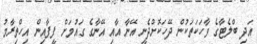
އަދި ބްލެޓާގެ ވާހަކަތަކުން ދޭހަކޮށްދެނީ އޭނާ އާއި އޭނާގެ ގައުމަށް ފީފާއިން އިހްތިރާމު